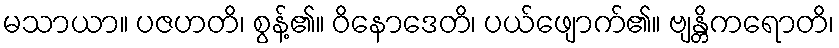
မသာယာ။ ပဇဟတိ၊ စွန့်၏။ ဝိနောဒေတိ၊ ပယ်ဖျောက်၏။ ဗျန္တိကရောတိ၊